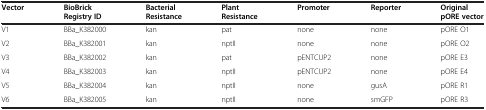
<table><thead><tr><td><b>Vector</b></td><td><b>BioBrick Registry ID</b></td><td><b>Bacterial Resistance</b></td><td><b>Plant Resistance</b></td><td><b>Promoter</b></td><td><b>Reporter</b></td><td><b>Original pORE vector</b></td></tr></thead><tbody><tr><td>V1</td><td>BBa_K382000</td><td>kan</td><td>pat</td><td>none</td><td>none</td><td>pORE O1</td></tr><tr><td>V2</td><td>BBa_K382001</td><td>kan</td><td>nptII</td><td>none</td><td>none</td><td>pORE O2</td></tr><tr><td>V3</td><td>BBa_K382002</td><td>kan</td><td>pat</td><td>pENTCUP2</td><td>none</td><td>pORE E3</td></tr><tr><td>V4</td><td>BBa_K382003</td><td>kan</td><td>nptII</td><td>pENTCUP2</td><td>none</td><td>pORE E4</td></tr><tr><td>V5</td><td>BBa_K382004</td><td>kan</td><td>nptII</td><td>none</td><td>gusA</td><td>pORE R1</td></tr><tr><td>V6</td><td>BBa_K382005</td><td>kan</td><td>nptII</td><td>none</td><td>smGFP</td><td>pORE R3</td></tr></tbody></table>